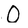
Character: O